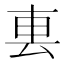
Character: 𨊢